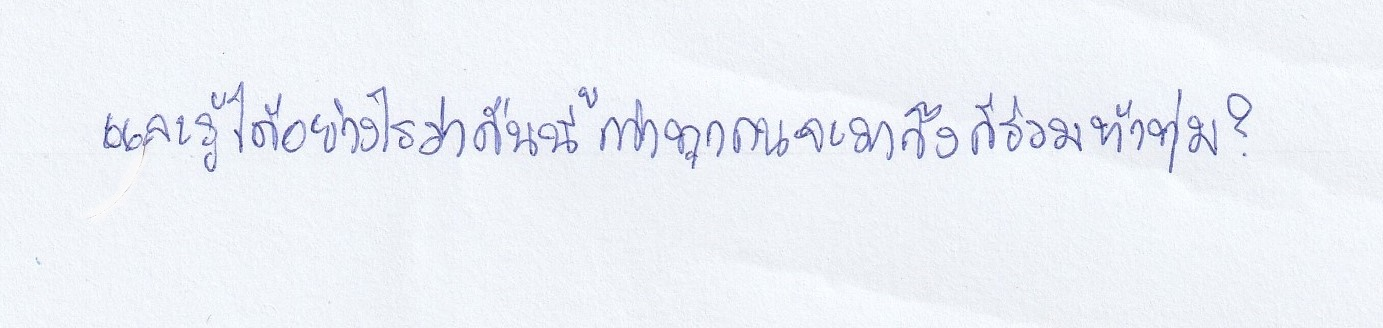
และรู้ได้อย่างไรว่าคืนนี้กว่าทุกคนจะมาถึงก็ร่วมห้าทุ่ม?